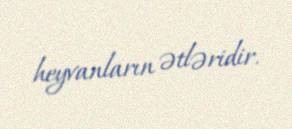
heyvanların ətləridir.